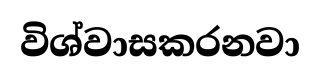
විශ්වාසකරනවා